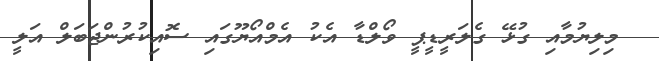
މިލިޔުމާއި ގުޅޭ ގެލަރީޑީޕީ ވޯލްޑާ އެކު އެމްއޯޔޫގައި ސޮއިކުރުންޖަބަލް އަލީ